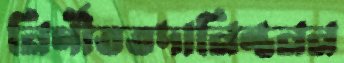
নির্ণীততদানিন্তনন